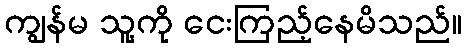
ကျွန်မ သူ့ကို ငေးကြည့်နေမိသည်။